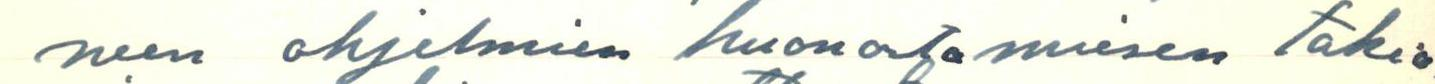
neen ohjelmien huonontamisen takia